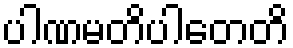
ပါဏမတိပါတေတိ